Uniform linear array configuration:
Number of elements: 12
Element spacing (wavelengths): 1
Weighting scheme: binomial
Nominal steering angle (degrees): -15
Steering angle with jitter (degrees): -15.314
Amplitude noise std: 0.05
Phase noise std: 0.05

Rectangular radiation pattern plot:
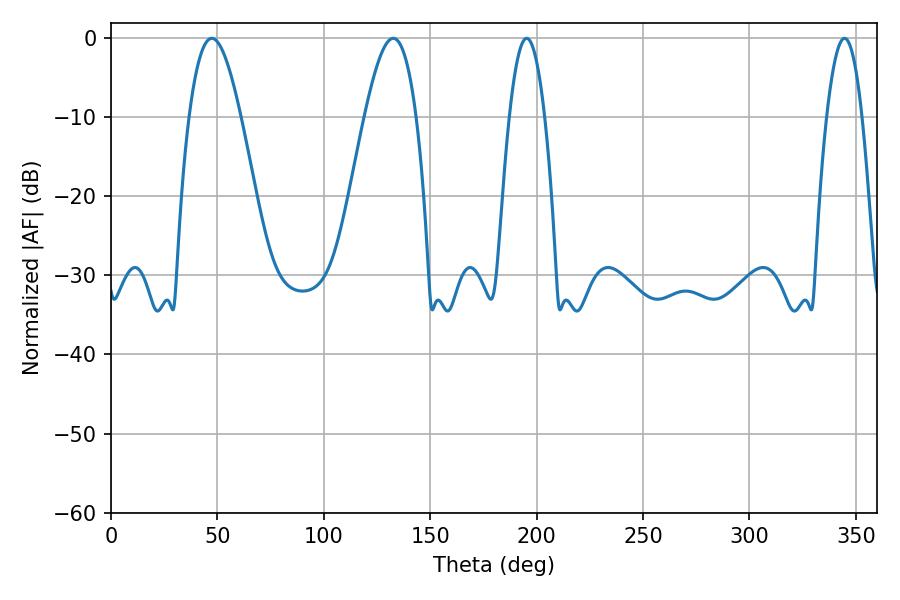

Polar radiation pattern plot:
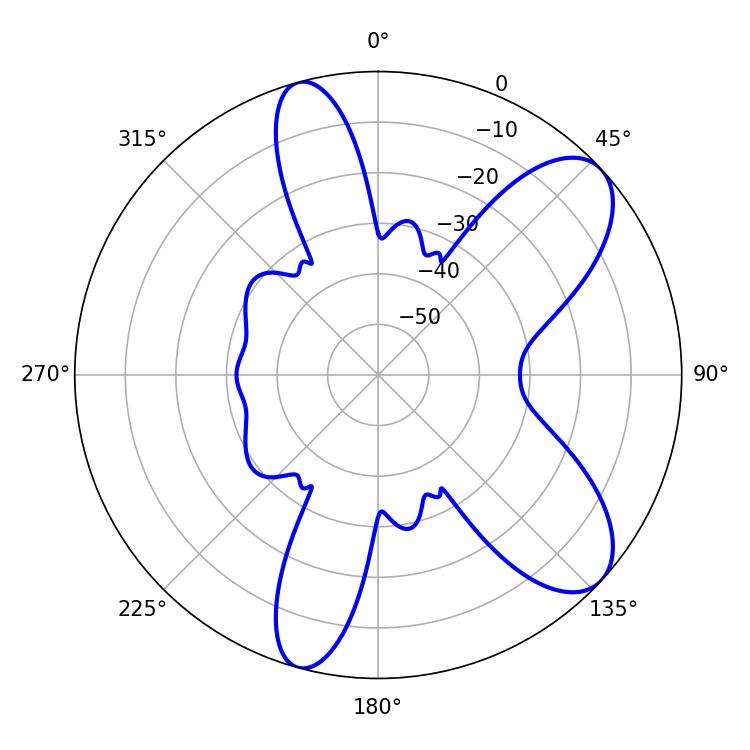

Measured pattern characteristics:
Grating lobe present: TRUE
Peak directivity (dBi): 8.549
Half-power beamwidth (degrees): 13.14
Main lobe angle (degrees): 47.34